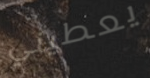
يعطيني